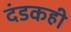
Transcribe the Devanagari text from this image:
दंडकही